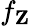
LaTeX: f_{\textbf{Z}}